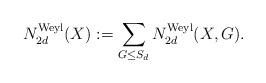
LaTeX: \begin{align*}N_{2d}^{\textrm{Weyl}}(X):=\sum_{G \leq S_d}N_{2d}^{\textrm{Weyl}}(X,G). \end{align*}